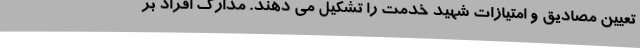
تعیین مصادیق و امتیازات شهید خدمت را تشکیل می دهند. مدارک افراد بر